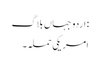
: اردو جہاں بلاگ
امریکی حملہ ۔